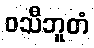
ဝသီဘူတံ